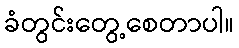
ခံတွင်းတွေ့စေတာပါ။